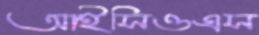
আইসিওএস